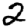
Digit: 2